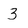
Character: 3